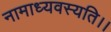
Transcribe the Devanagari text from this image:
नामाध्यवस्यति।।